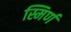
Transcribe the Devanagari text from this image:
स्मिर्ण